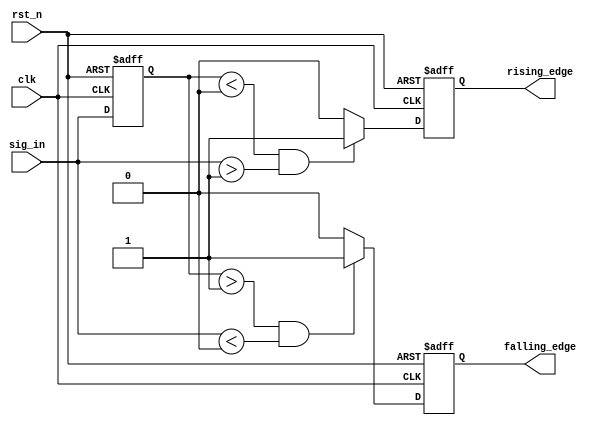
module SchmittTriggerEdgeDetector(
    input wire clk,             // Clock signal
    input wire rst_n,           // Active low reset
    input wire sig_in,          // Input signal to be detected
    output reg rising_edge,     // Rising edge output signal
    output reg falling_edge      // Falling edge output signal
);

    // Threshold levels for the Schmitt trigger
    parameter VTH_POS = 1'b1;   // Upper threshold (representing a high signal)
    parameter VTH_NEG = 1'b0;   // Lower threshold (representing a low signal)

    // Memory elements to store previous state
    reg sig_in_prev;

    always @(posedge clk or negedge rst_n) begin
        if (!rst_n) begin
            sig_in_prev <= 1'b0; // Initialize previous state to low on reset
            rising_edge <= 1'b0;  // Clear rising edge output
            falling_edge <= 1'b0; // Clear falling edge output
        end else begin
            rising_edge <= 1'b0;  // Reset rising edge output for the current cycle
            falling_edge <= 1'b0; // Reset falling edge output for the current cycle
            
            // Detect rising edge
            if (sig_in_prev < VTH_NEG && sig_in > VTH_POS) begin
                rising_edge <= 1'b1; // Assert rising edge output
            end
            
            // Detect falling edge
            if (sig_in_prev > VTH_POS && sig_in < VTH_NEG) begin
                falling_edge <= 1'b1; // Assert falling edge output
            end
            
            // Update previous state
            sig_in_prev <= sig_in; // Capture current signal state
        end
    end

endmodule